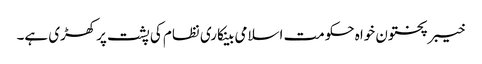
خیبرپختون خواہ حکومت اسلامی بینکاری نظام کی پشت پرکھڑی ہے۔